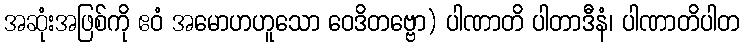
အဆုံးအဖြစ်ကို ဧဝံ အမောဟဟူသော ဝေဒိတဗ္ဗော) ပါဏာတိ ပါတာဒီနံ၊ ပါဏာတိပါတ